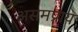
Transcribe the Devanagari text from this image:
असमप्राय